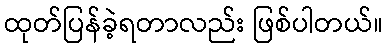
ထုတ်ပြန်ခဲ့ရတာလည်း ဖြစ်ပါတယ်။